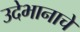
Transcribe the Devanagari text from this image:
उदेभानाचे